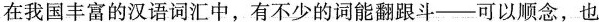
在我国丰富的汉语词汇中，有不少的词能翻跟斗——可以顺念，也